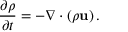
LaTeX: { \frac { \partial \rho } { \partial t } } = - \nabla \cdot ( \rho \mathbf { u } ) \, .